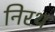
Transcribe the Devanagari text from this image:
निरथ